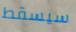
سيسقط